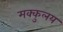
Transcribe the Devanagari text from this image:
मक्कुलय